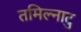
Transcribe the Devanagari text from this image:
तमिल्नाटु